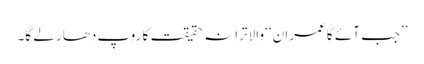
’’جب آئے گا عمران‘‘ والا ترانہ حقیقت کا روپ دھار لے گا۔